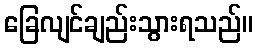
ခြေလျင်ချည်းသွားရသည်။